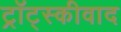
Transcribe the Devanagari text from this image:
ट्रॉट्स्कीवाद